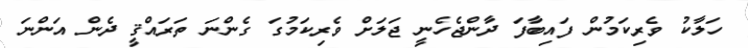
ހަލާކު ވެރިކަމުން ފައިބާފަ ދާންޖެހެނީ ޖަލަށް ވެރިކަމުގަ ގެންނަ ތަރައްޤީ ދެން އަންނަ